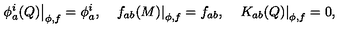
\left. \phi _ { a } ^ { i } ( Q ) \right| _ { \phi , f } = \phi _ { a } ^ { i } , \quad \left. f _ { a b } ( M ) \right| _ { \phi , f } = f _ { a b } , \left. \quad K _ { a b } ( Q ) \right| _ { \phi , f } = 0 ,